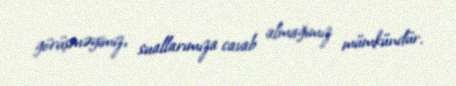
görüşməyimiz, suallarımıza cavab almağımız mümkündür.